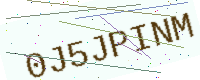
Text: 0J5JPINM